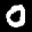
Label: 0